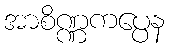
အာစိဏ္ဏကပ္ပေန